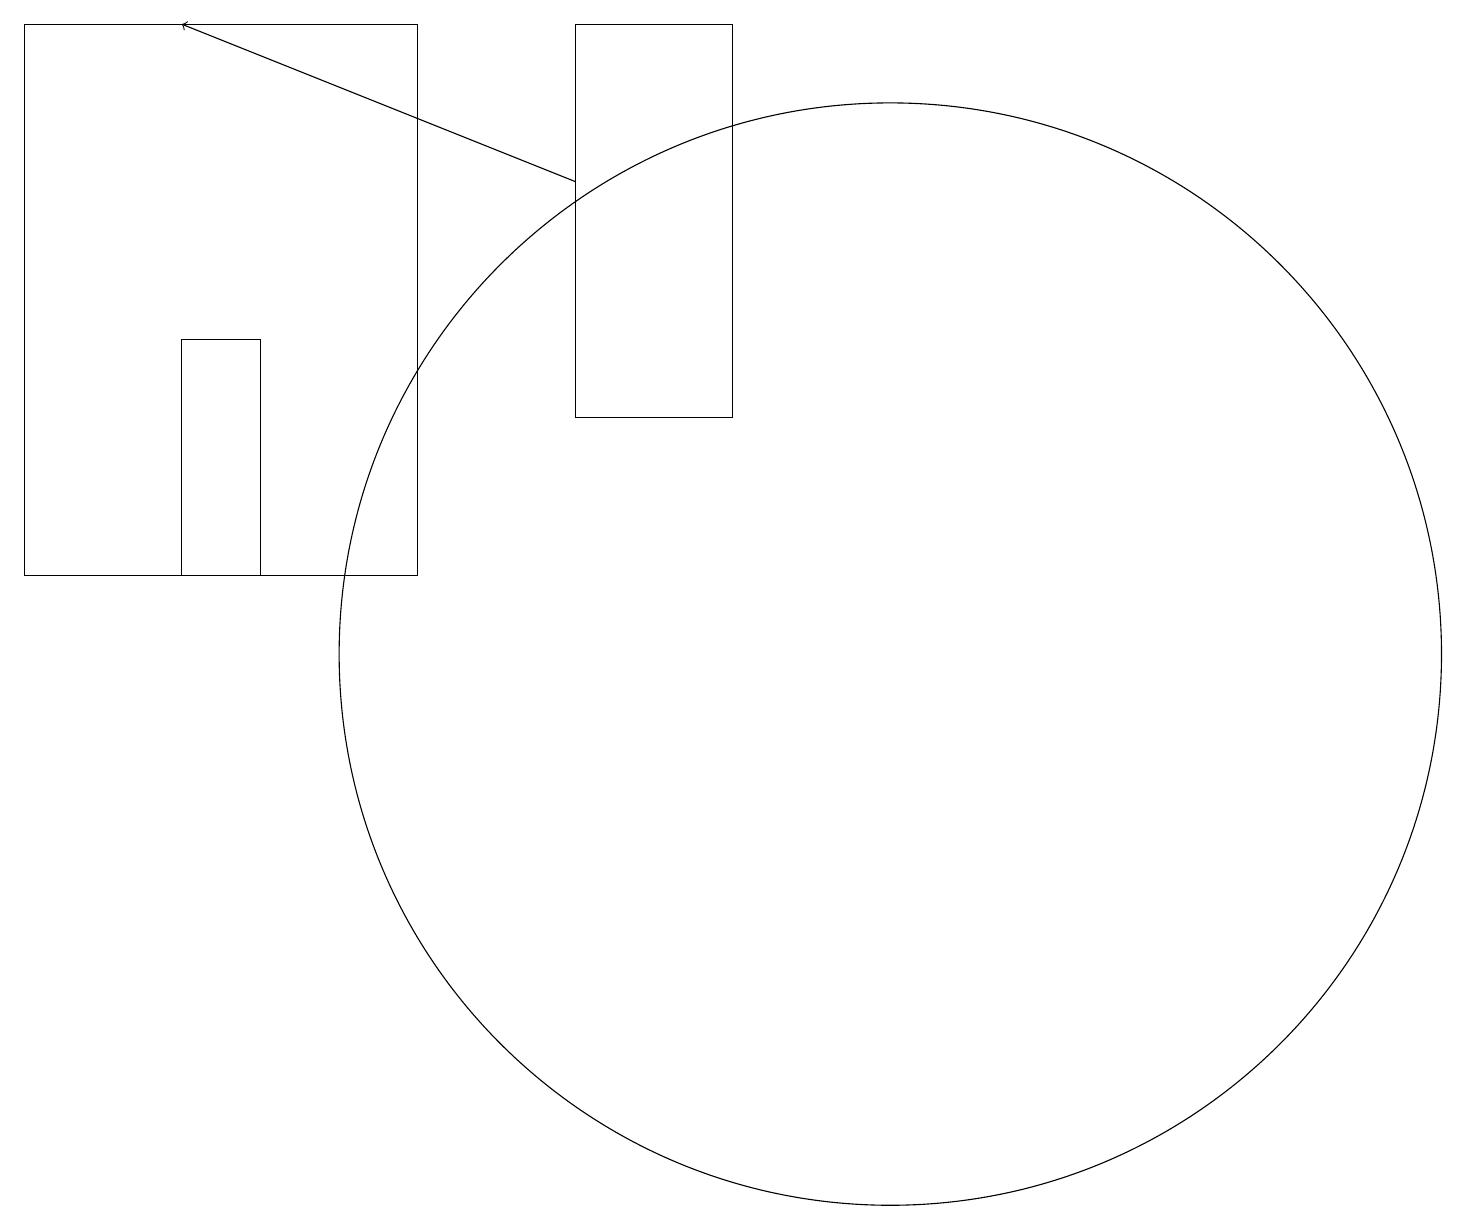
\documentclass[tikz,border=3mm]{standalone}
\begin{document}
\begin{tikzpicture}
\draw (3,11) rectangle (2,14);
\draw[->] (7,16) -- (2,18);
\draw (11,10) circle (7);
\draw (5,18) rectangle (0,11);
\draw (7,13) rectangle (9,18);
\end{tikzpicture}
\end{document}